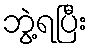
ဘွဲ့ရပြီး